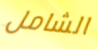
الشامل